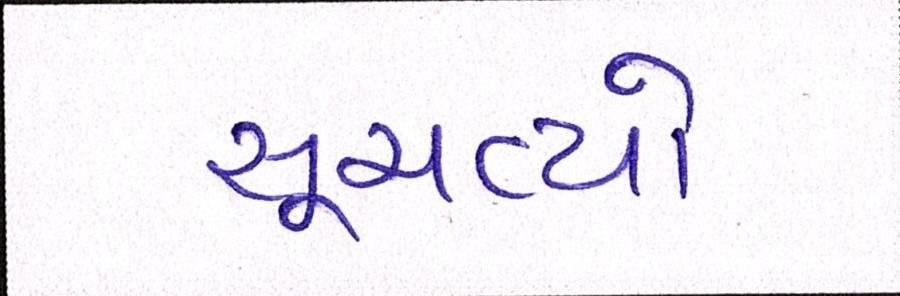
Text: સૂચવ્યો